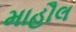
માહૌલ